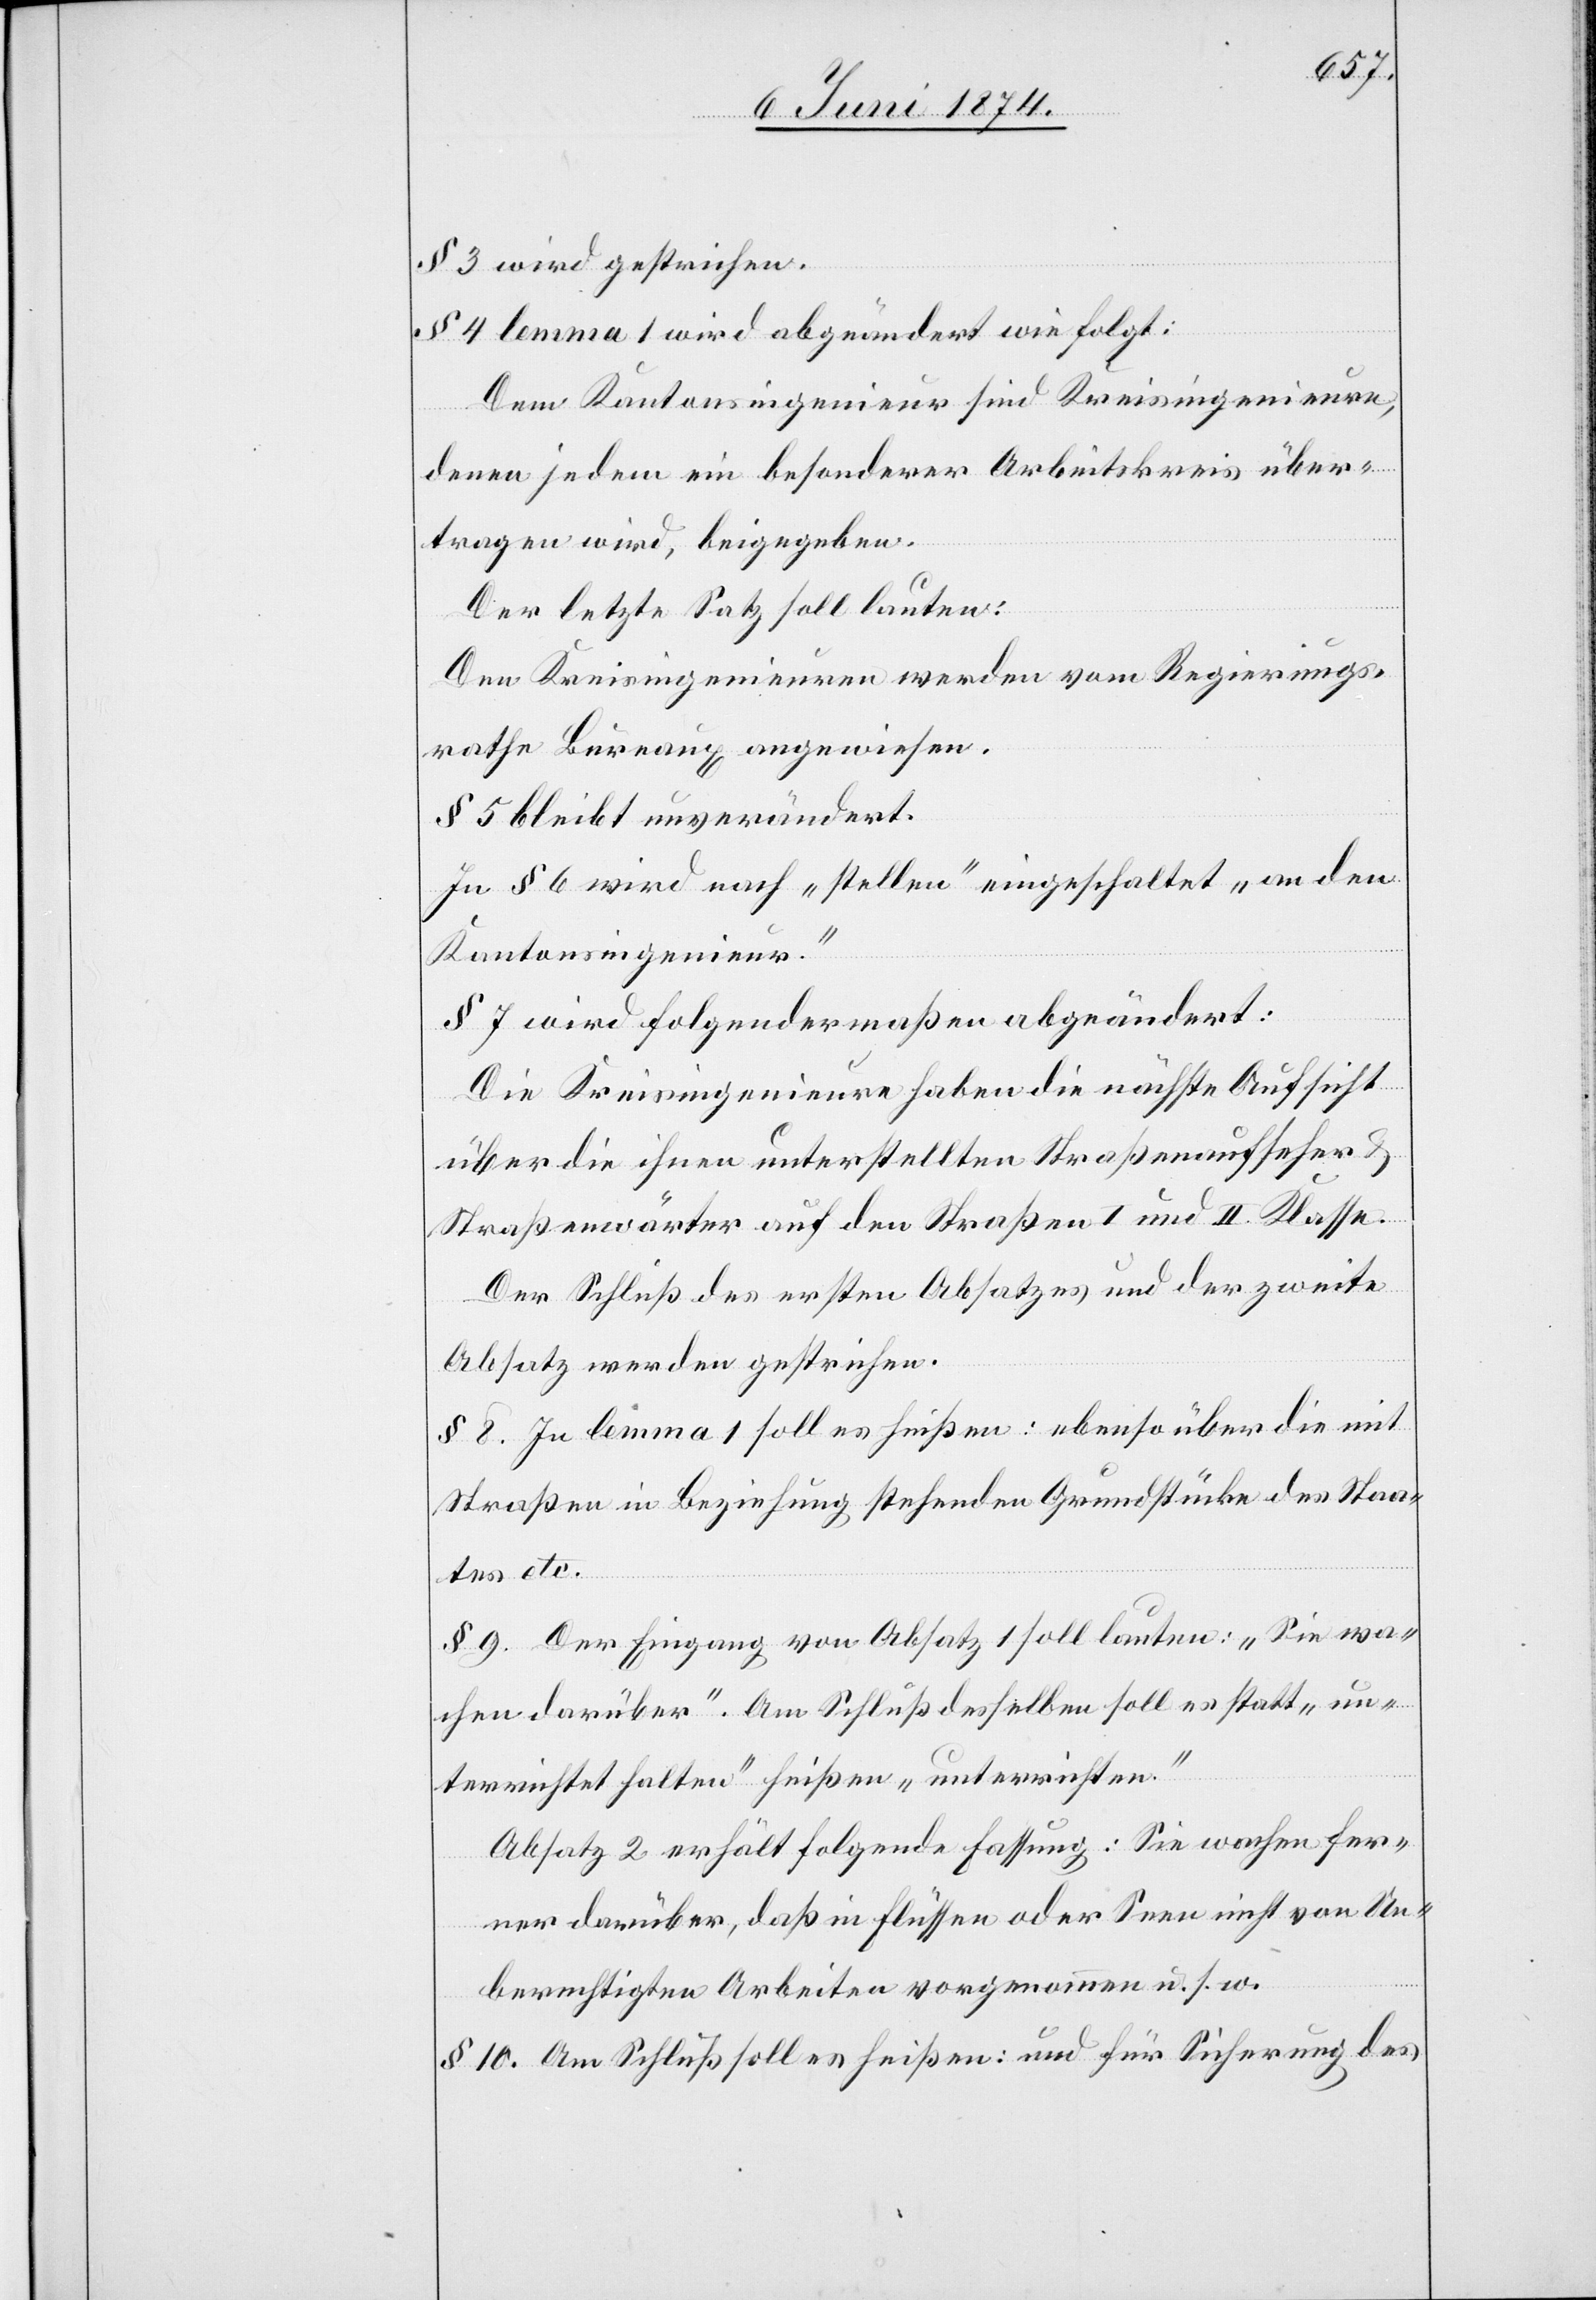
§ 3 wird gestrichen.
§ 4 lemma 1 wird abgeändert wie folgt:
Dem Kantonsingenieur sind Kreisingenieure,
denen jedem ein besonderer Arbeitskreis über¬
tragen wird, beigegeben.
Der letzte Satz soll lauten:
Den Kreisingenieuren werden vom Regierungs¬
rathe Bureaux angewiesen.
§ 5 bleibt unverändert.
In § 6 wir nach „stellen“ eingeschaltet „an den
Kantonsingenieur.“
§ 7 wird folgendermaßen abgeändert:
Die Kreisingenieure haben die nächste Aufsicht
über die ihnen unterstellten Straßenaufseher u.
Straßenwärter auf den Straßen I und II. Klasse.
Der Schluß des ersten Absatzes und der zweite
Absatz werden gestrichen.
§ 8. In lemma 1 soll es heißen: ebenso über die mit
Straßen in Beziehung stehenden Grundstücke des Staa¬
tes etc.
§ 9. Der Eingang von Absatz 1 soll lauten: „Sie wa¬
chen darüber.“ Am Schluß desselben soll es statt „un¬
terrichtet halten“ heißen „unterrichten.“
Absatz 2 erhält folgende Fassung: Sie wachen fer¬
ner darüber, daß in Flüssen oder Seen nicht von Un¬
berechtigten Arbeiten vorgenommen u. s. w.
§ 10. Am Schluß soll es heißen: und für Sicherung des